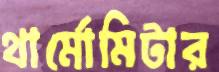
থার্মোমিটার